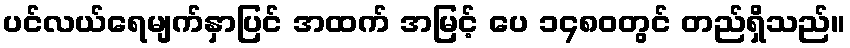
ပင်လယ်ရေမျက်နှာပြင် အထက် အမြင့် ပေ ၁၄၈၀တွင် တည်ရှိသည်။